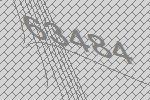
63484